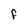
Character: f